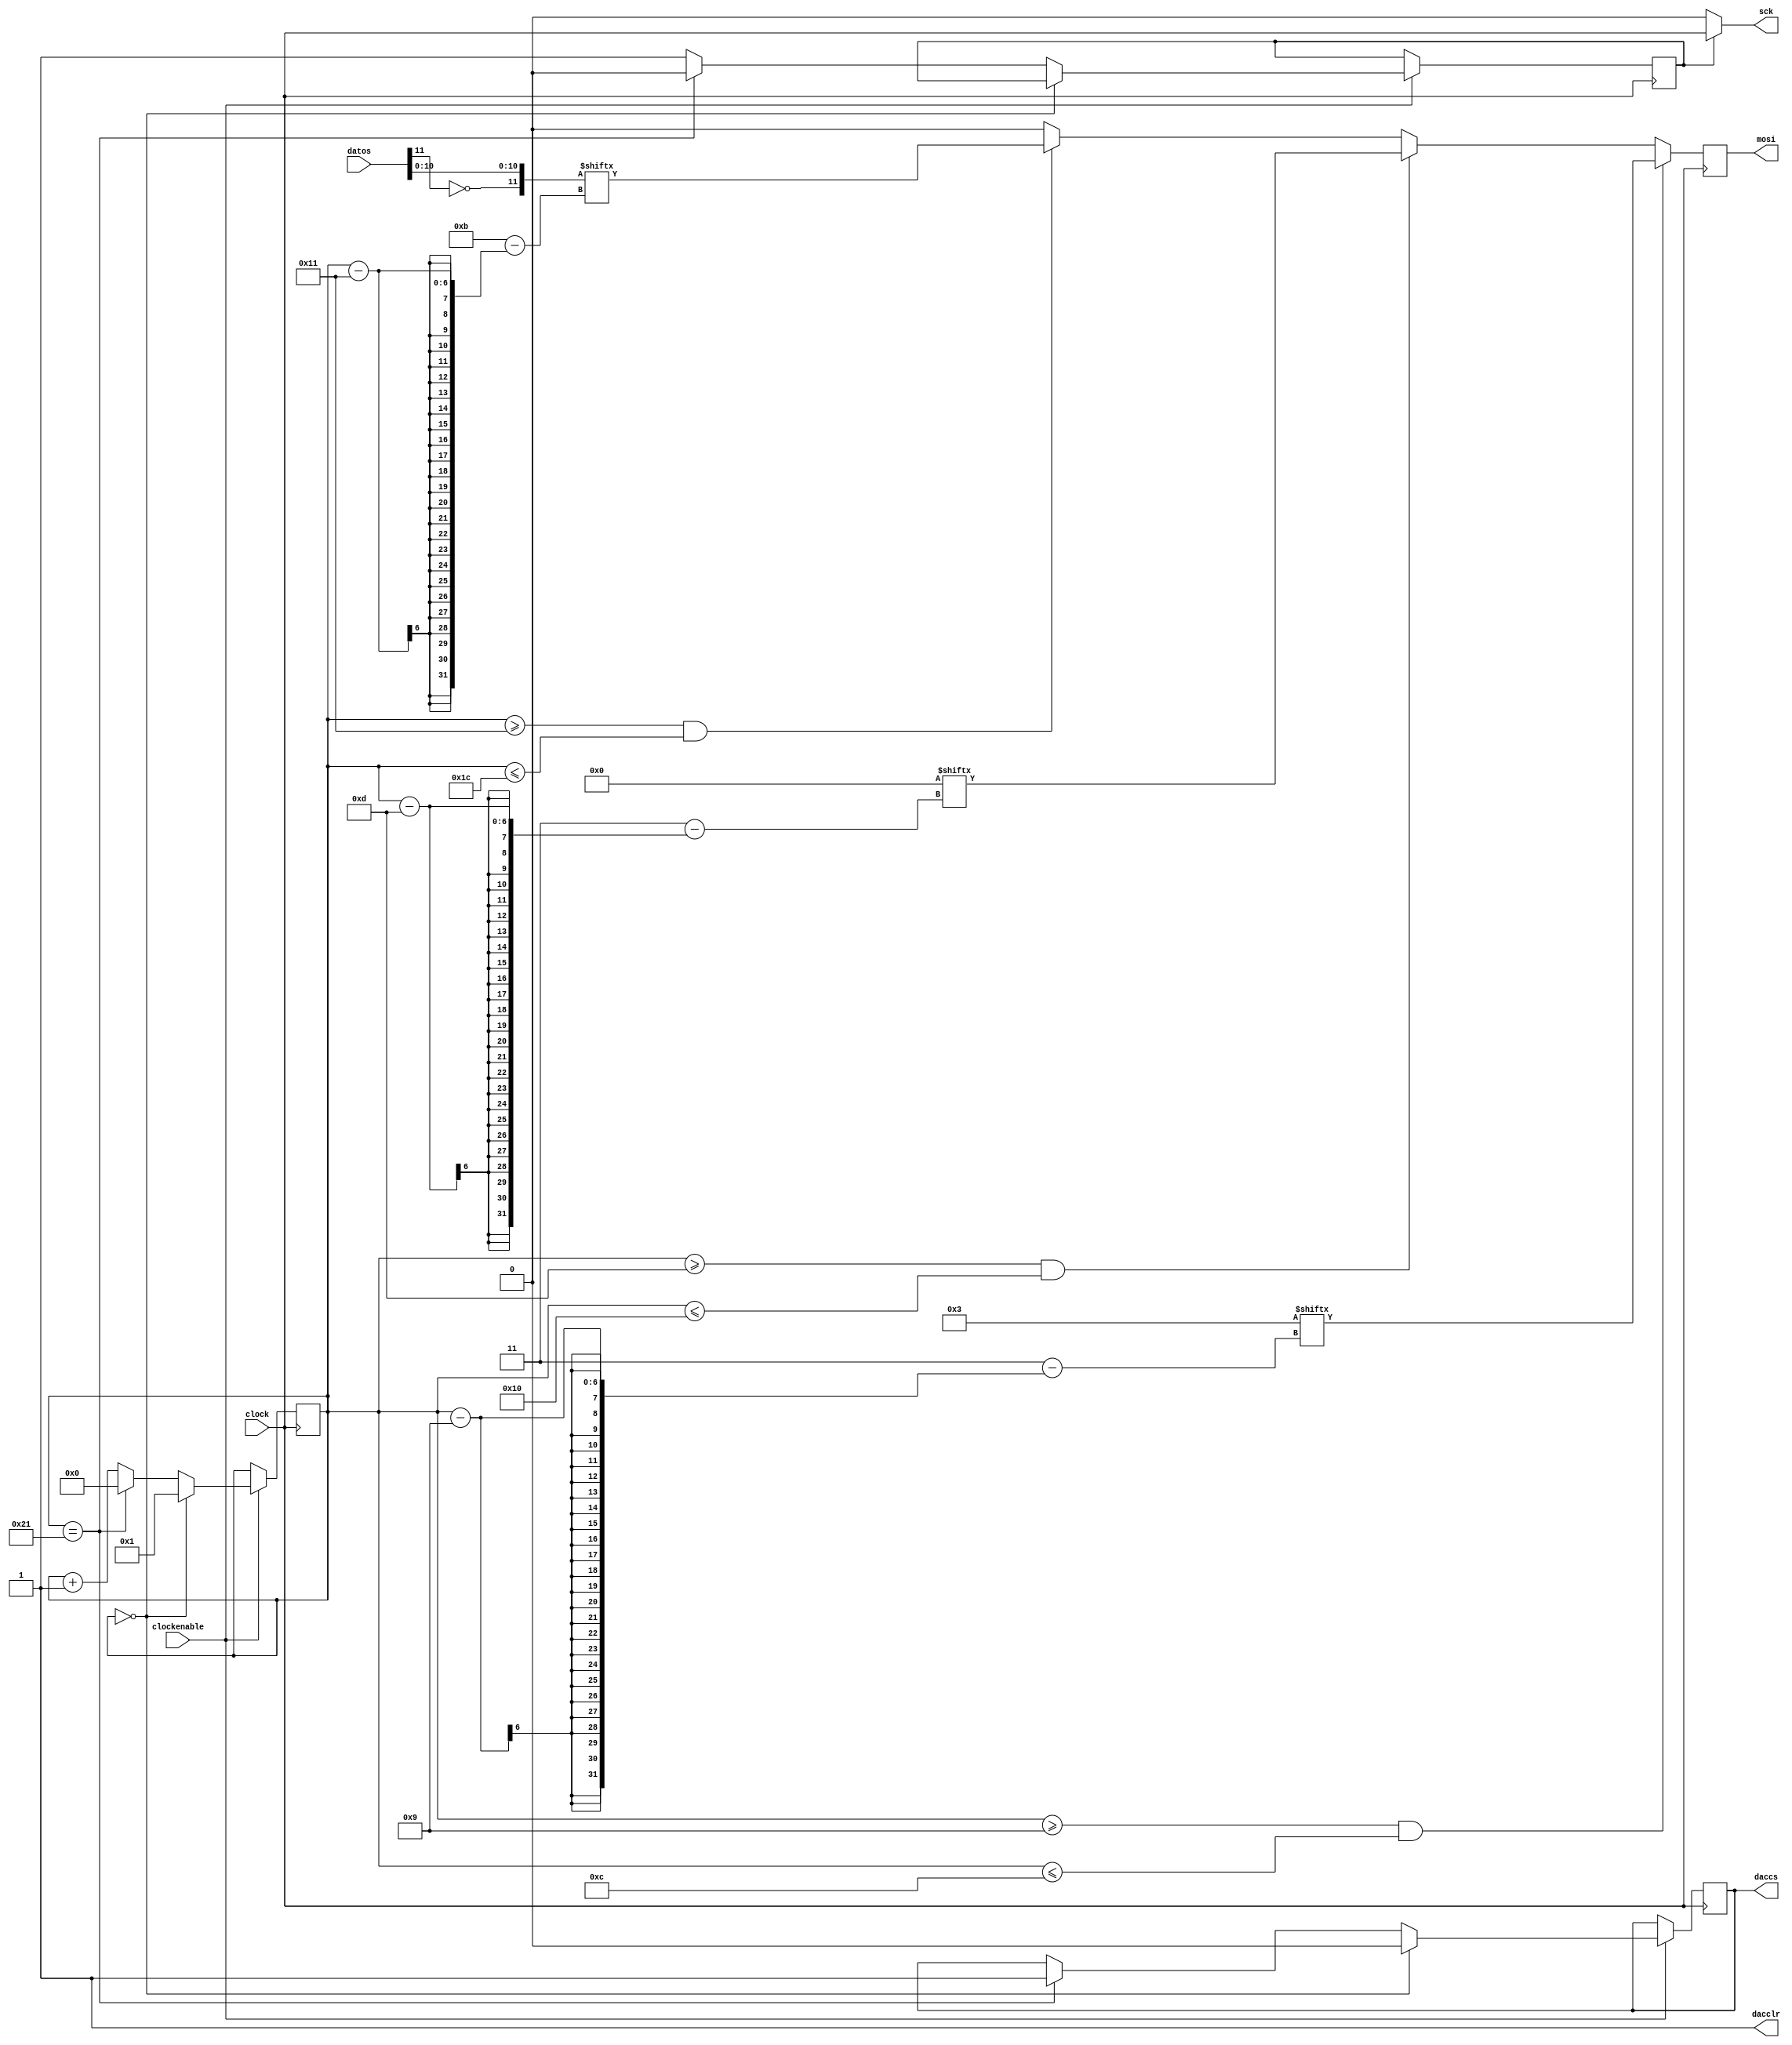
module dac(
	input clock,
	input clockenable,
	input [0:11]datos,
	
	output reg mosi,
	output reg daccs,
	output sck,
	output dacclr
	);

wire [0:11]datos2compl;
assign datos2compl[0]=~datos[0];
assign datos2compl[1:11]=datos[1:11];
//ADC escribe en complemento 2
//DAC lee en unsigned
	
//DAC necesita 1+32+1 bloques
//Bloque 34=0
//Ultimo bloque se utiliza para dejar dacCS en 1
// Asi no molestar a otros componentes del modulo SPI
reg [5:0]bloque;
reg estadosck;

reg [0:3]command=4'b0011;
reg [0:3]address=4'b0000;
//Los datos del DAC salen en el pinA
assign sck=estadosck?clock:0;
assign dacclr=1;

initial begin
	daccs<=1;
	bloque<=0;
	estadosck<=0;
	mosi<=0;
end

always@(posedge clock) begin
if(clockenable) begin
	if(bloque==0) begin
		bloque<=1;
		daccs<=0;
	end
	
	else if(bloque==33) begin
		bloque<=0;
		daccs<=1;
		estadosck<=0;
	end
	else begin
		bloque<=bloque+1;
		estadosck<=1;
	end
end
end

always@(negedge clock) begin
	if(bloque>=9 & bloque<=12) mosi<=command[bloque-9];
	else if(bloque>=13 & bloque<=16) mosi<=address[bloque-13];
	else if(bloque>=17 & bloque<=28) mosi<=datos2compl[bloque-17];	
	else mosi<=0;
end

endmodule